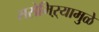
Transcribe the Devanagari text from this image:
ससेमिऱ्यामुळे